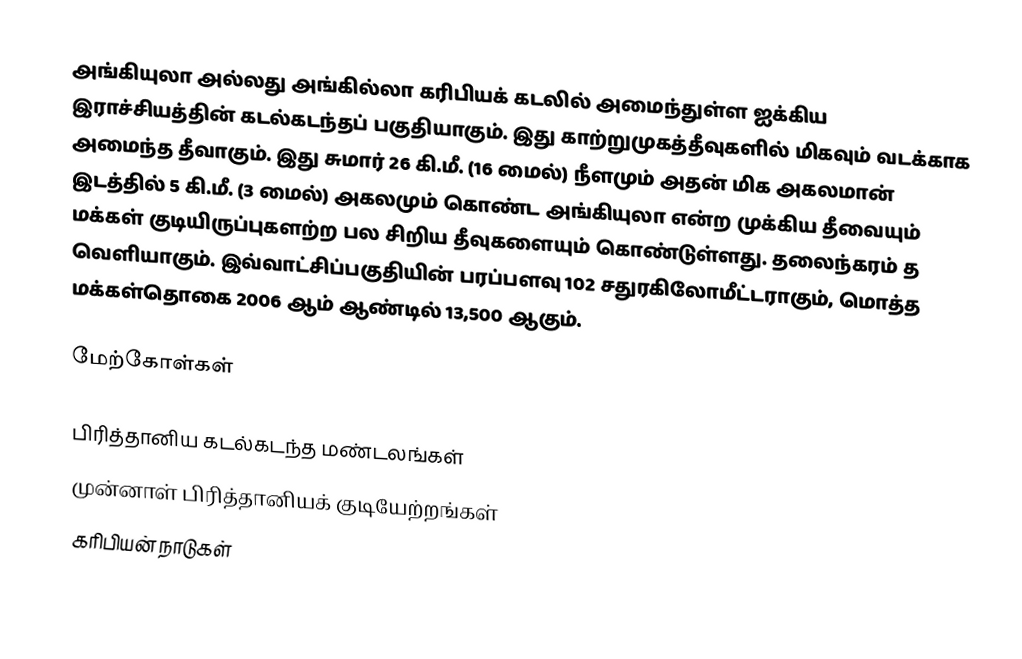
அங்கியுலா அல்லது அங்கில்லா கரிபியக் கடலில் அமைந்துள்ள ஐக்கிய இராச்சியத்தின் கடல்கடந்தப் பகுதியாகும். இது காற்றுமுகத்தீவுகளில் மிகவும் வடக்காக அமைந்த தீவாகும். இது சுமார் 26 கி.மீ. (16 மைல்) நீளமும் அதன் மிக அகலமான் இடத்தில் 5 கி.மீ. (3 மைல்) அகலமும் கொண்ட அங்கியுலா என்ற முக்கிய தீவையும் மக்கள் குடியிருப்புகளற்ற பல சிறிய தீவுகளையும் கொண்டுள்ளது. தலைந்கரம் த வெளியாகும். இவ்வாட்சிப்பகுதியின் பரப்பளவு 102 சதுரகிலோமீட்டராகும், மொத்த மக்கள்தொகை 2006 ஆம் ஆண்டில் 13,500 ஆகும்.

மேற்கோள்கள்

பிரித்தானிய கடல்கடந்த மண்டலங்கள்
முன்னாள் பிரித்தானியக் குடியேற்றங்கள்
கரிபியன் நாடுகள்